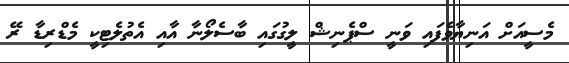
މެސީއަށް އަނިޔާވެފައި ވަނީ ސްޕެނިޝް ލީގުގައި ބާސެލޯނާ އާއި އެތުލެޓިކީ މެޑްރިޑާ ރޭ